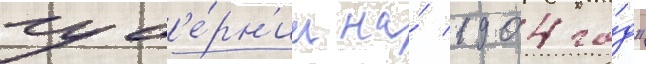
губ'е́рн'ии на́ 1904 го́д"